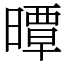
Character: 曋